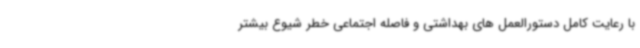
با رعایت کامل دستورالعمل های بهداشتی و فاصله اجتماعی خطر شیوع بیشتر